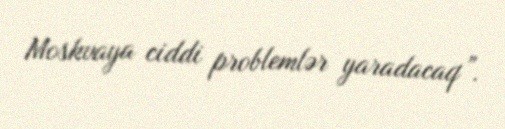
Moskvaya ciddi problemlər yaradacaq”.